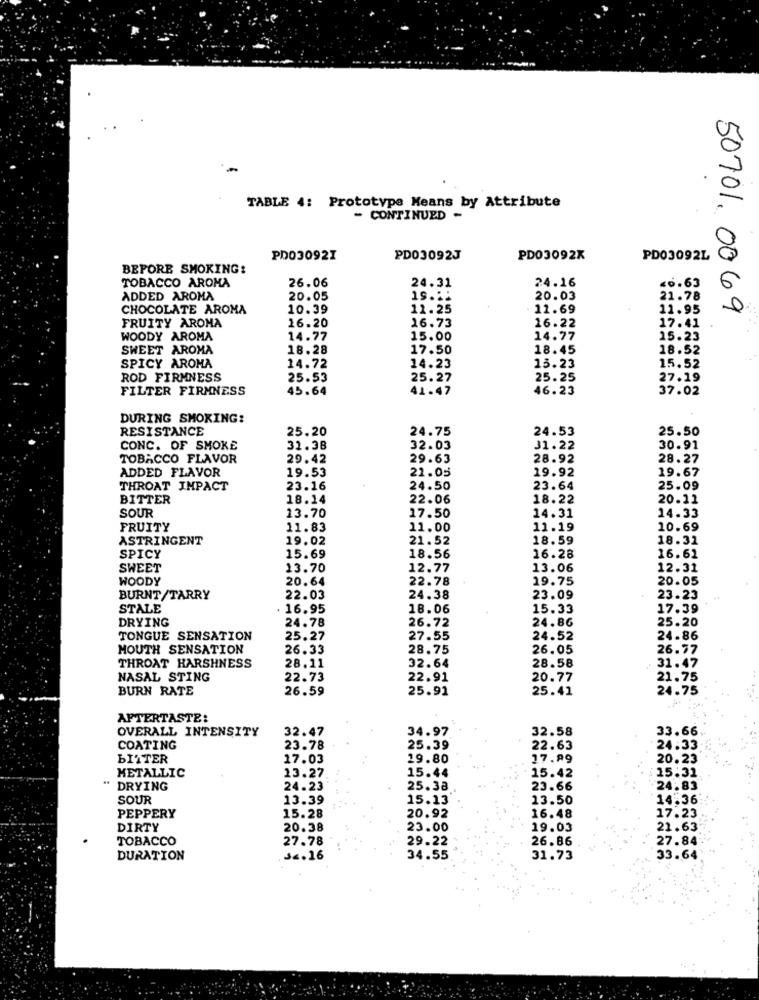
.
TABLE 4: Prototype Means by Attribute
- CONTINUED-
PD03092I
PD03092J
PD03092X
PD03092L
BEFORE SMOKING:
TOBACCO AROMA
24.31
24.16
26.06
<0.63
ADDED AROMA
20.05
19 .::
20.03
21.78
CHOCOLATE AROMA
10.39
11.25
11.69
11.95
50701. 0069
FRUITY AROMA
16.20
16.73
16.22
17.41
WOODY AROMA
14.77
15.00
14.77
15.23
SWEET AROMA
18.28
17.50
18.45
18.52
SPICY AROMA
14.72
14.23
13.23
15.52
ROD FIRMNESS
25.53
25.27
25.25
27.19
FILTER FIRMNESS
45.64
41.47
46.23
37.02
DURING SMOKING?
RESISTANCE
25.20
24.75
24.53
25.50
CONC. OF SMOKE
31.38
32.03
31.22
30.91
TOBACCO FLAVOR
29.42
29.63
28.92
28.27
ADDED FLAVOR
19.53
21.05
19.92
19.67
THROAT IMPACT
23.16
24.50
23.64
25.09
BITTER
18.14
22.06
18.22
20.11
SOUR
17.50
14.33
13.70
14.31
FRUITY
11.83
11.00
11.19
10.69
ASTRINGENT
19.02
21.52
18.59
18.31
SPICY
15.69
18.56
16.28
16.62
SWEET
13.70
12.77
13.06
12.31
WOODY
20.64
22.78
19.75
20.05
BURNT/TARRY
22.03
24.38
23.09
23.23
STALE
. 16.95
18.06
15.33
17.39
DRYING
24.78
26.72
24.86
25.20
TONGUE SENSATION
25.27
27.55
24.52
24.86
MOUTH SENSATION
26.33
28.75
26.05
26.77
32.64
31.47
THROAT HARSHNESS
28.11
28.58
NASAL STING
22.73
22.91
20.77
21.75
BURN RATE
26.59
25.91
25.41
24.75
AFTERTASTE:
OVERALL INTENSITY
32.47
34.97
32.58
33.66
COATING
23.78
25.39
22.63
24.33
BITTER
17.03
19.80
17.89
20.23
METALLIC
13.27
15:31
..
15.44
15.42
DRYING
24.23
25.38
23.66
24.83
SOUR
13.39
15.13
13.50
14.36
20.92
PEPPERY
15.28
16.48
17.23
DIRTY
20.38
23.00
19.03
21.63
TOBACCO
27.78
29.22
26.86
27.84
DURATION
.J .. 16
34.55
31.73
33.64